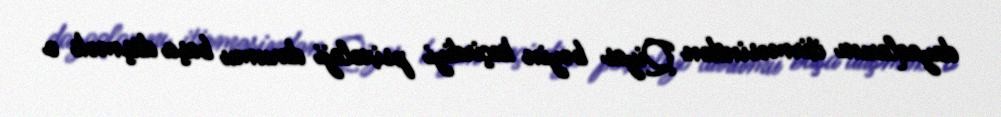
dayaqlarını itirməsindən Qiyas bəyin keçirdiyi psixoloji durumu başa düşmək o